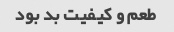
طعم و کیفیت بد بود